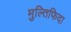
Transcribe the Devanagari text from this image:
मुल्तिफिदा